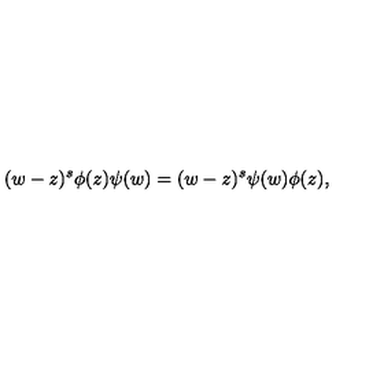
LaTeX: ( w - z ) ^ { s } \phi ( z ) \psi ( w ) = ( w - z ) ^ { s } \psi ( w ) \phi ( z ) ,